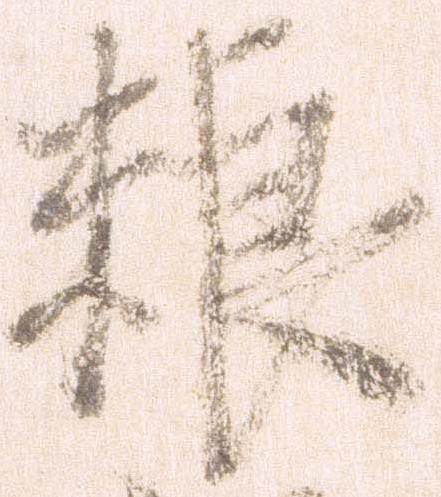
粮